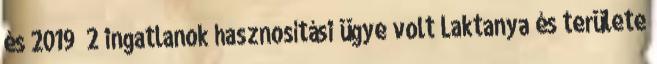
és 2019 2 ingatlanok hasznosítási ügye volt Laktanya és területe